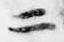
二